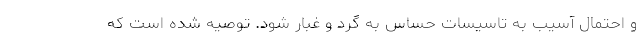
و احتمال آسیب به تاسیسات حساس به گرد و غبار شود. توصیه شده است که